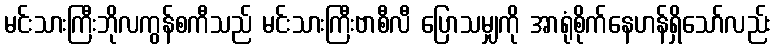
မင်းသားကြီးဘိုလကွန်စကီသည် မင်းသားကြီးဗာစီလီ ပြောသမျှကို အာရုံစိုက်နေဟန်ရှိသော်လည်း